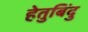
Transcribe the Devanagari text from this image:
हेतुबिंदु